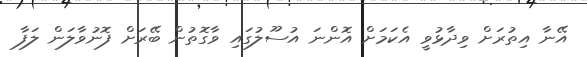
އޭނާ އިތުރަށް ވިދާޅުވީ އެކަމަށް އޮންނަ އުސޫލުގައި ވާގޮތުން ބޭރަށް ފޮނުވާލަން ލަފާ